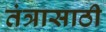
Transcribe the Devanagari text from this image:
तंत्रासाठी